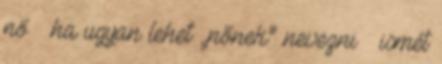
nő – ha ugyan lehet „nőnek” nevezni – ismét